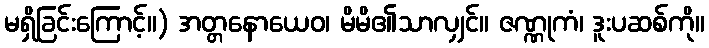
မရှိခြင်းကြောင့်။) အတ္တနောယေဝ၊ မိမိ၏သာလျှင်။ ဇဏ္ဏုကံ၊ ဒူးပဆစ်ကို။